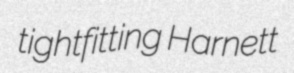
tightfitting Harnett